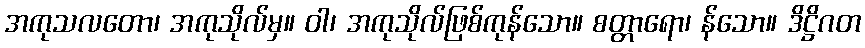
အကုသလတော၊ အကုသိုလ်မှ။ ဝါ၊ အကုသိုလ်ဖြစ်ကုန်သော။ စတ္တာရော၊ န်သော။ ဒိဋ္ဌိဂတ